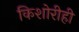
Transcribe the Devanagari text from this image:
किशोरीही